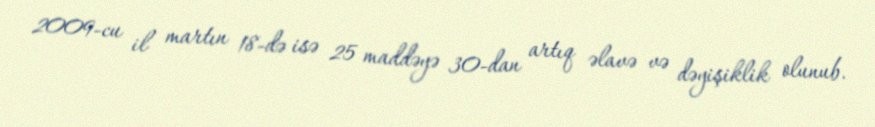
2009-cu il martın 18-də isə 25 maddəyə 30-dan artıq əlavə və dəyişiklik olunub.